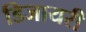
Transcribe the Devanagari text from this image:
डिजायरी